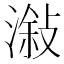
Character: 潊